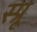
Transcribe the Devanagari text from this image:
स्प्रू